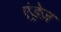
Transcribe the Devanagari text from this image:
एंड्रेज़